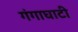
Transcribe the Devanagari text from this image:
गंगाघाटी